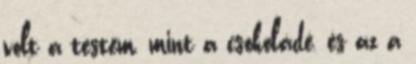
volt a testem, mint a csokoládé, és az a